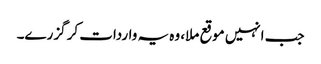
جب انہیں موقع ملا، وہ یہ واردات کر گزرے۔